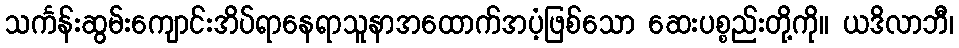
သင်္ကန်းဆွမ်းကျောင်းအိပ်ရာနေရာသူနာအထောက်အပံ့ဖြစ်သော ဆေးပစ္စည်းတို့ကို။ ယဒိလာဘီ၊